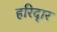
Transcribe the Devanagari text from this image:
हरिदृार